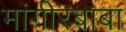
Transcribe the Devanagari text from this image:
मांगीरबाबा